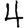
Digit: 4